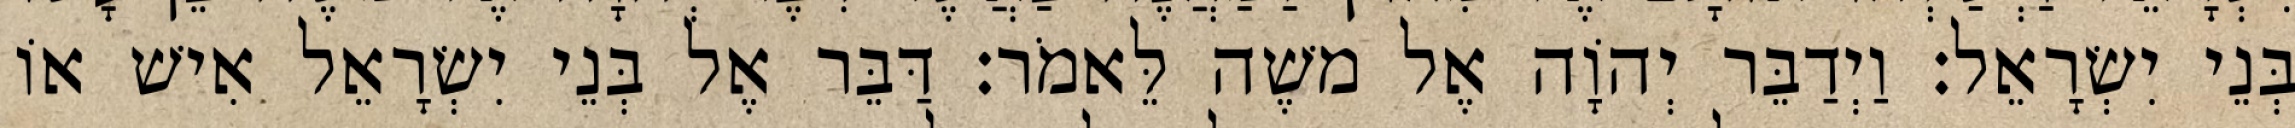
בְּנֵי יִשְׂרָאֵל׃ וַיְדַבֵּר יְהוָֹה אֶל משֶׁה לֵּאמֹר׃ דַּבֵּר אֶל בְּנֵי יִשְׂרָאֵל אִישׁ אוֹ